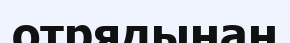
отрядынан